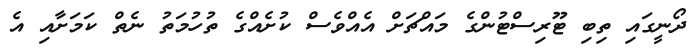
ދޯނީގައި ތިބި ޓޫރިސްޓުންގެ މައްޗަށް އެއްވެސް ކުށެއްގެ ތުހުމަތު ނެތް ކަމަށާއި އެ